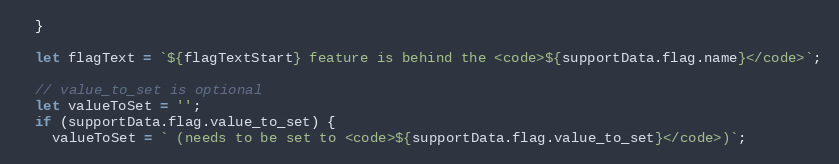
Language: JavaScript
  }

  let flagText = `${flagTextStart} feature is behind the <code>${supportData.flag.name}</code>`;

  // value_to_set is optional
  let valueToSet = '';
  if (supportData.flag.value_to_set) {
    valueToSet = ` (needs to be set to <code>${supportData.flag.value_to_set}</code>)`;